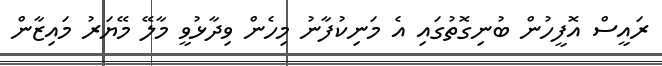
ރައީސް އޮފީހުން ބުނިގޮތުގައި އެ މަނިކުފާނު މިހެން ވިދާޅުވީ މާލޭ މޭޔަރު މައިޒާން